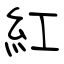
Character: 紅